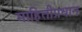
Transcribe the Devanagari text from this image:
माहितीप्रधान